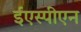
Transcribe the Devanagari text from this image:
ईएस्पीएन